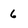
Character: 6